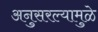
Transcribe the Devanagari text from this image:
अनुसरल्यामुळे